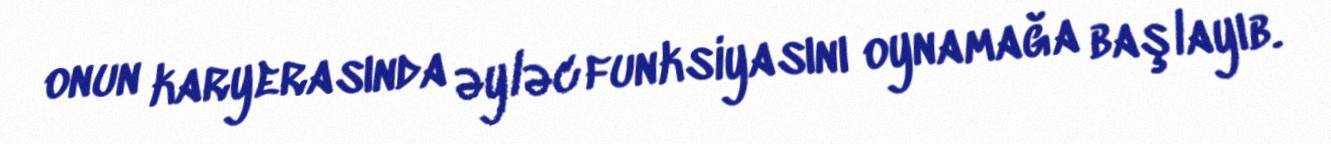
onun karyerasında əyləc funksiyasını oynamağa başlayıb.